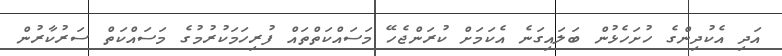
އަދި އެކުދިންގެ ހުށަހެޅުން ބަލައިގަނެ އެކަމަށް ކުރަންޖެހޭ މަސައްކަތްތައް ފުރިހަމަކުރުމުގެ މަސައްކަތް ސަރުކާރުން